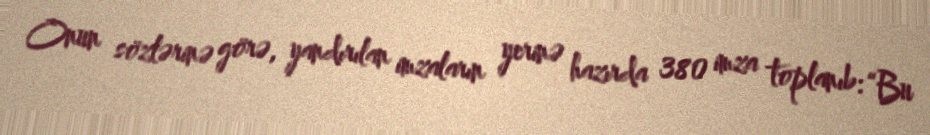
Onun sözlərinə görə, yandırılan imzaların yerinə hazırda 380 imza toplanıb: “Bu